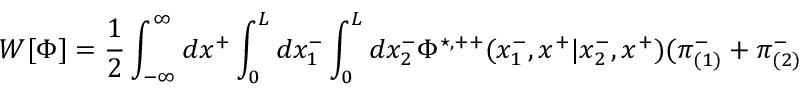
W [ { \Phi } ] = \frac { 1 } { 2 } \int _ { - \infty } ^ { \infty } d x ^ { + } \int _ { 0 } ^ { L } d x _ { 1 } ^ { - } \int _ { 0 } ^ { L } d x _ { 2 } ^ { - } { \Phi } ^ { \star , + + } ( x _ { 1 } ^ { - } , x ^ { + } | x _ { 2 } ^ { - } , x ^ { + } ) ( { \pi } _ { ( 1 ) } ^ { - } + { \pi } _ { ( 2 ) } ^ { - }